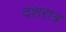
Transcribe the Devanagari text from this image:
दशरात्र